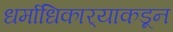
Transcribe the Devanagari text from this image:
धर्माधिकार्‍याकडून